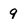
Character: 9